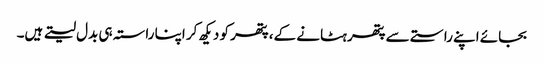
بجائے اپنے راستے سے پتھر ہٹانے کے، پتھر کو دیکھ کر اپنا راستہ ہی بدل لیتے ہیں۔